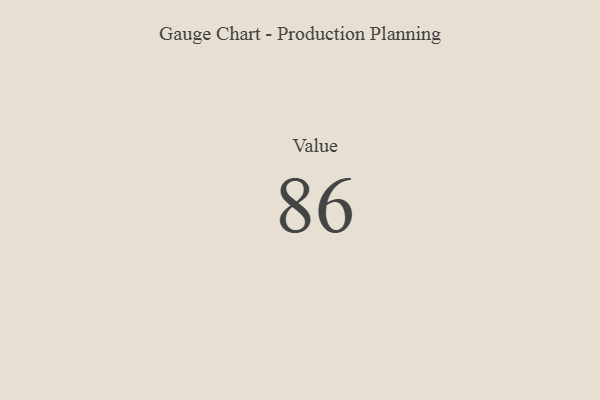
{"axis": {"x": "Metric", "y": "Value"}, "legend": [""], "data": [{"x": "Value", "y": 86, "type": ""}]}